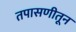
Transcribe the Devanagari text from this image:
तपासणीतून